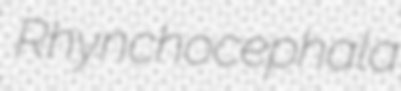
Rhynchocephala